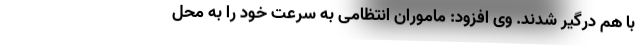
با هم درگیر شدند. وی افزود: ماموران انتظامی به سرعت خود را به محل